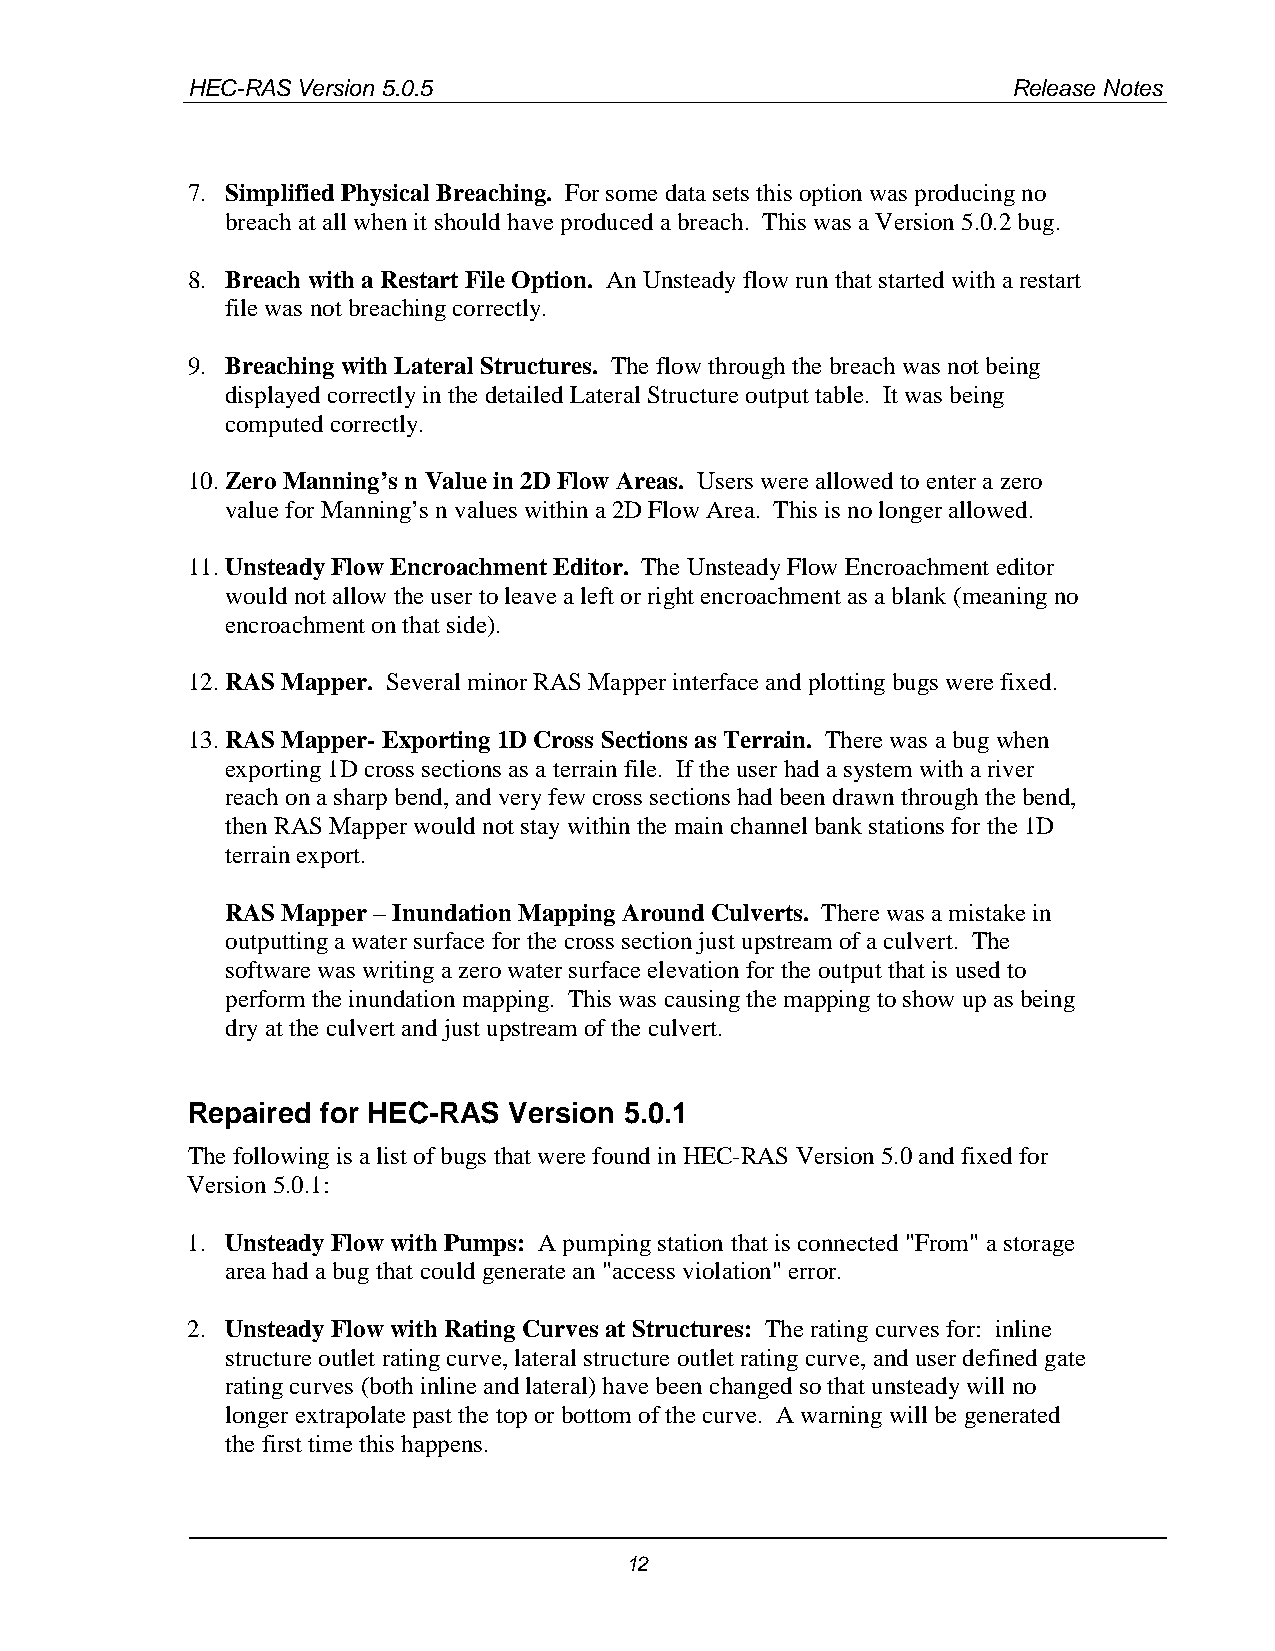
HEC-RAS Version 5.0.5                                  Release Notes
 7. Simplified Physical Breaching. For some data sets this option was producing no
 breach at all when it should have produced a breach. This was a Version 5.0.2 bug.
 8. Breach with a Restart File Option. An Unsteady flow run that started with a restart
 file was not breaching correctly.
 9. Breaching with Lateral Structures. The flow through the breach was not being
 displayed correctly in the detailed Lateral Structure output table. It was being
 computed correctly.
 10. Zero Manning’s n Value in 2D Flow Areas. Users were allowed to enter a zero
 value for Manning’s n values within a 2D Flow Area. This is no longer allowed.
 11. Unsteady Flow Encroachment Editor. The Unsteady Flow Encroachment editor
 would not allow the user to leave a left or right encroachment as a blank (meaning no
 encroachment on that side).
 12. RAS Mapper. Several minor RAS Mapper interface and plotting bugs were fixed.
 13. RAS Mapper- Exporting 1D Cross Sections as Terrain. There was a bug when
 exporting 1D cross sections as a terrain file. If the user had a system with a river
 reach on a sharp bend, and very few cross sections had been drawn through the bend,
 then RAS Mapper would not stay within the main channel bank stations for the 1D
 terrain export.
 RAS Mapper – Inundation Mapping Around Culverts. There was a mistake in
 outputting a water surface for the cross section just upstream of a culvert. The
 software was writing a zero water surface elevation for the output that is used to
 perform the inundation mapping. This was causing the mapping to show up as being
 dry at the culvert and just upstream of the culvert.
 Repaired for HEC-RAS  Version 5.0.1
 The following is a list of bugs that were found in HEC-RAS Version 5.0 and fixed for
 Version 5.0.1:
 1. Unsteady Flow with Pumps: A pumping station that is connected "From" a storage
 area had a bug that could generate an "access violation" error.
 2. Unsteady Flow with Rating Curves at Structures: The rating curves for: inline
 structure outlet rating curve, lateral structure outlet rating curve, and user defined gate
 rating curves (both inline and lateral) have been changed so that unsteady will no
 longer extrapolate past the top or bottom of the curve. A warning will be generated
 the first time this happens.
 12